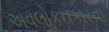
અવલોકનકારના